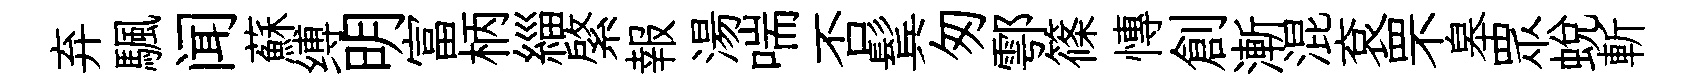
弃颿闻蘇缚明富柄緇綮報湯喘否鬂匆鄠篠慱創漸混袞罘皋眾蛻斬